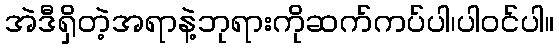
အဲဒီရှိတဲ့အရာနဲ့ဘုရားကိုဆက်ကပ်ပါ၊ပါဝင်ပါ။